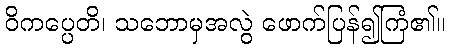
ဝိကပ္ပေတိ၊ သဘောမှအလွဲ ဖောက်ပြန်၍ကြံ၏။